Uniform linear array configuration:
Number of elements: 16
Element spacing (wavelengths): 1
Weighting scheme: exponential
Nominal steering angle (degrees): -30
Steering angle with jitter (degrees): -29.892
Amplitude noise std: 0.05
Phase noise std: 0.05

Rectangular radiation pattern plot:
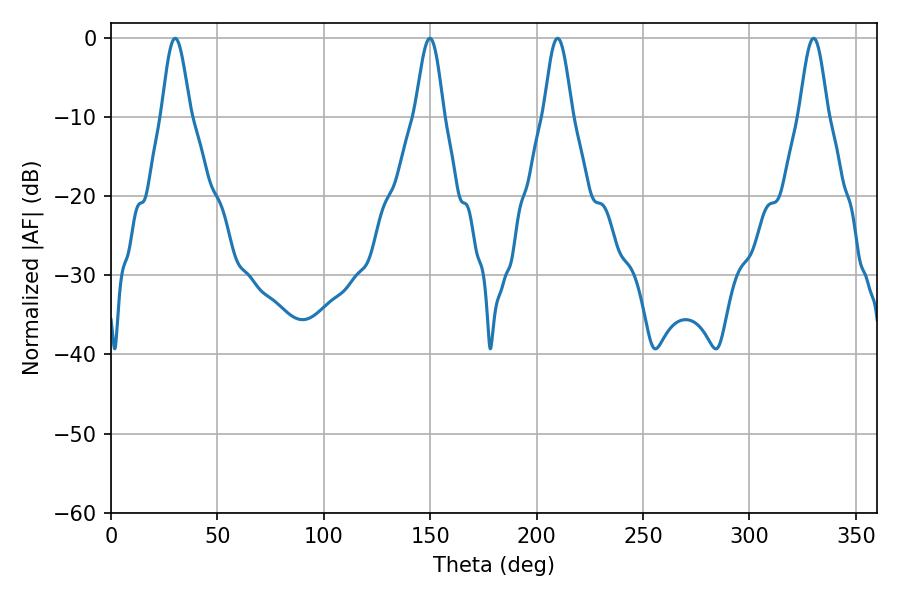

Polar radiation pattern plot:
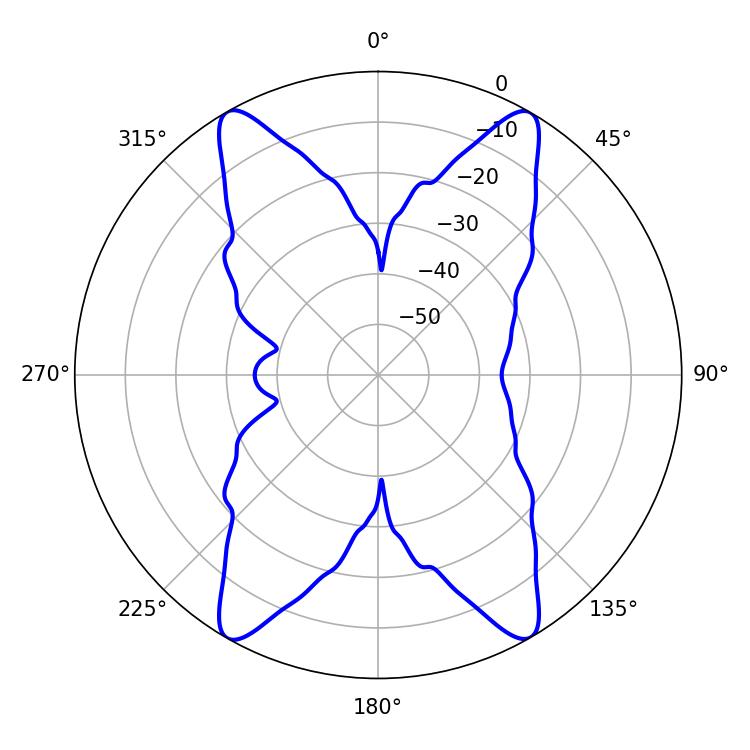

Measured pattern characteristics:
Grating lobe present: TRUE
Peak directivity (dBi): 26.937
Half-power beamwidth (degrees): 7.2
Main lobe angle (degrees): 209.88